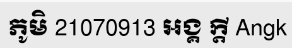
ភូមិ 21070913 អង្គ ក្តី Angk